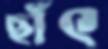
ছাঁৎ